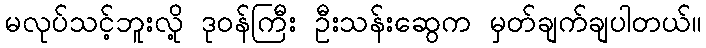
မလုပ်သင့်ဘူးလို့ ဒုဝန်ကြီး ဦးသန်းဆွေက မှတ်ချက်ချပါတယ်။